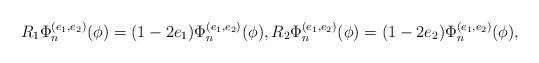
LaTeX: \begin{align*}R_1 \Phi_{n}^{(e_1,e_2)}(\phi)=(1-2e_1)\Phi_{n}^{(e_1,e_2)}(\phi),R_2 \Phi_{n}^{(e_1,e_2)}(\phi)=(1-2e_2)\Phi_{n}^{(e_1,e_2)}(\phi),\end{align*}